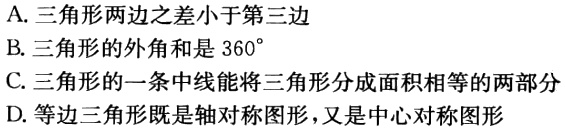
A. 三角形两边之差小于第三边
B. 三角形的外角和是 \(360^{\circ}\)
C. 三角形的一条中线能将三角形分成面积相等的两部分
D. 等边三角形既是轴对称图形，又是中心对称图形